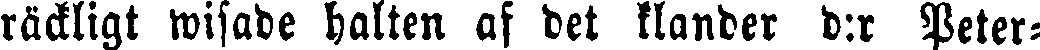
räckligt wisade halten af det klander d:r Peter-